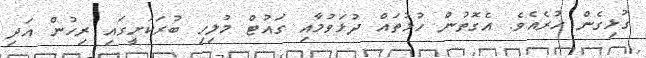
ގުޅިގެން ހުރެއެވެ. އެގޮތުން ހުޅުތައް ދުޅަވުމާއި ގައުޓް މުލިހި ބުރަކަށީގައި ރިހުން އަދި